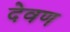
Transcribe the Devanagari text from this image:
देवण